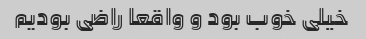
خیلی خوب بود و واقعا راضی بودیم